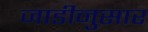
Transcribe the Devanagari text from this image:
जाडीनुसार